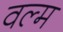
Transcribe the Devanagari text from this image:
वल्म